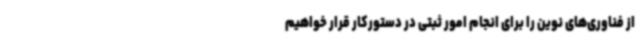
از فناوری‌های نوین را برای انجام امور ثبتی در دستورکار قرار خواهیم